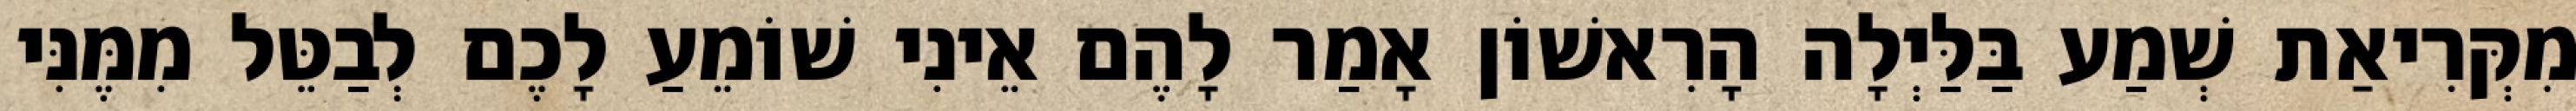
מִקְּרִיאַת שְׁמַע בַּלַּיְלָה הָרִאשׁוֹן אָמַר לָהֶם אֵינִי שׁוֹמֵעַ לָכֶם לְבַטֵּל מִמֶּנִּי